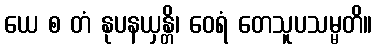
ယေ စ တံ နုပနယှန္တိ၊ ဝေရံ တေသူပသမ္မတိ။